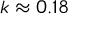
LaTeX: k \approx 0 . 1 8